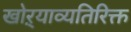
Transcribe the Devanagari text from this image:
खोऱ्याव्यतिरिक्त